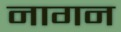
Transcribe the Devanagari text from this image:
नागन